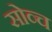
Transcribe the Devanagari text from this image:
सोव्च